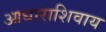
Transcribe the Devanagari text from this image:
आधाराशिवाय